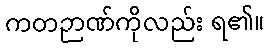
ကတဉာဏ်ကိုလည်း ရ၏။